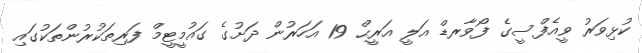
ކުޅިވަރު ވީއެފްސީގެ ފޯވާރޑް އަލީ އަރީޙް 19 އަހަރުން ދަށުގެ ގައުމީޓީމް ފަރިތަކުރުންތަކުގައި